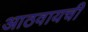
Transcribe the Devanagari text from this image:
आठवायची